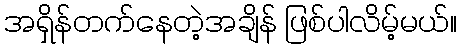
အရှိန်တက်နေတဲ့အချိန် ဖြစ်ပါလိမ့်မယ်။